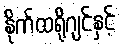
နိုက်ထရိုဂျင်နှင့်